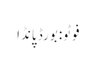
فوٹو: بورڈ پانڈا